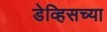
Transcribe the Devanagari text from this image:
डेव्हिसच्या